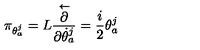
\pi _ { \theta _ { a } ^ { j } } = L \frac { \stackrel { \leftarrow } { \partial } } { \partial \dot { \theta } _ { a } ^ { j } } = \frac { i } { 2 } \theta _ { a } ^ { j }